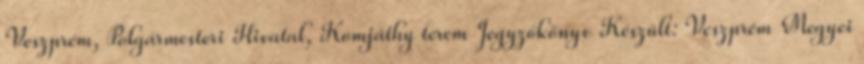
Veszprém, Polgármesteri Hivatal, Komjáthy terem Jegyzőkönyv Készült: Veszprém Megyei